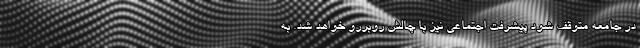
در جامعه متوقف شود پیشرفت اجتماعی نیز با چالش روبررو خواهد شد. به